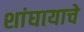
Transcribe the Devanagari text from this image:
शांघायाचे